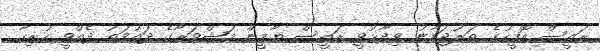
ރައީސް އޮފީހުގެ ތަރުޖަމާނު ވިދާޅުވީ ރައީސް ޔާމީން މަޝްވަރާގެ ދައުވަތު ދެއްވީ ހުރިހާ